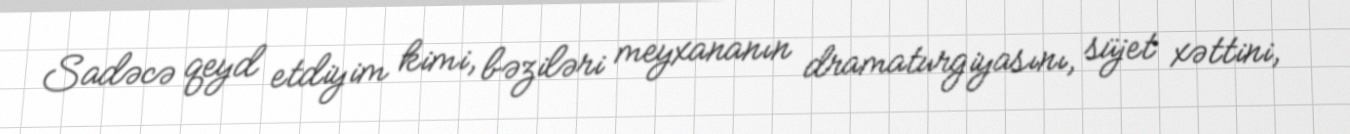
Sadəcə qeyd etdiyim kimi, bəziləri meyxananın dramaturgiyasını, süjet xəttini,